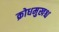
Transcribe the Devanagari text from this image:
क्रोधमुखश्च